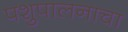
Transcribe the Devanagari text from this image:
पशुपालनाचा